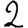
Digit: 2